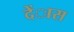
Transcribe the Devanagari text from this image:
देंास